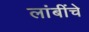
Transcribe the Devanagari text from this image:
लांबींचे